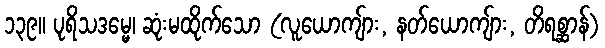
၁၃၉။ ပုရိသဒမ္မေ၊ ဆုံးမထိုက်သော (လူယောကျ်ား, နတ်ယောကျ်ား, တိရစ္ဆာန်)